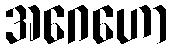
အဂေဟော